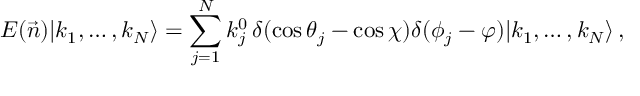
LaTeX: { \cal E } ( \vec { n } ) | k _ { 1 } , \dots , k _ { N } \rangle = \sum _ { j = 1 } ^ { N } k _ { j } ^ { 0 } \, \delta ( \cos \theta _ { j } - \cos \chi ) \delta ( \phi _ { j } - \varphi ) | k _ { 1 } , \dots , k _ { N } \rangle \, ,